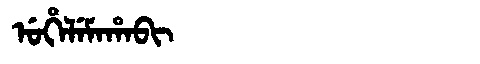
Manchu: ᡠᡥᡝᠯᡝᠮᠠᡥᠠᠪᡳ
Romanization: UHELEMAHABI